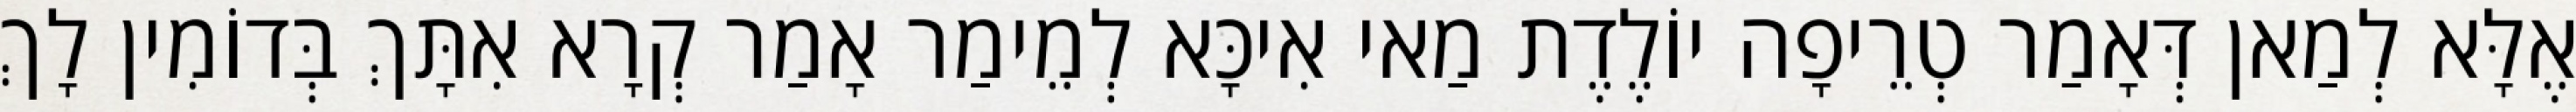
אֶלָּא לְמַאן דְּאָמַר טְרֵיפָה יוֹלֶדֶת מַאי אִיכָּא לְמֵימַר אָמַר קְרָא אִתָּךְ בְּדוֹמִין לָךְ